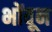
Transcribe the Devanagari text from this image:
भोंवून